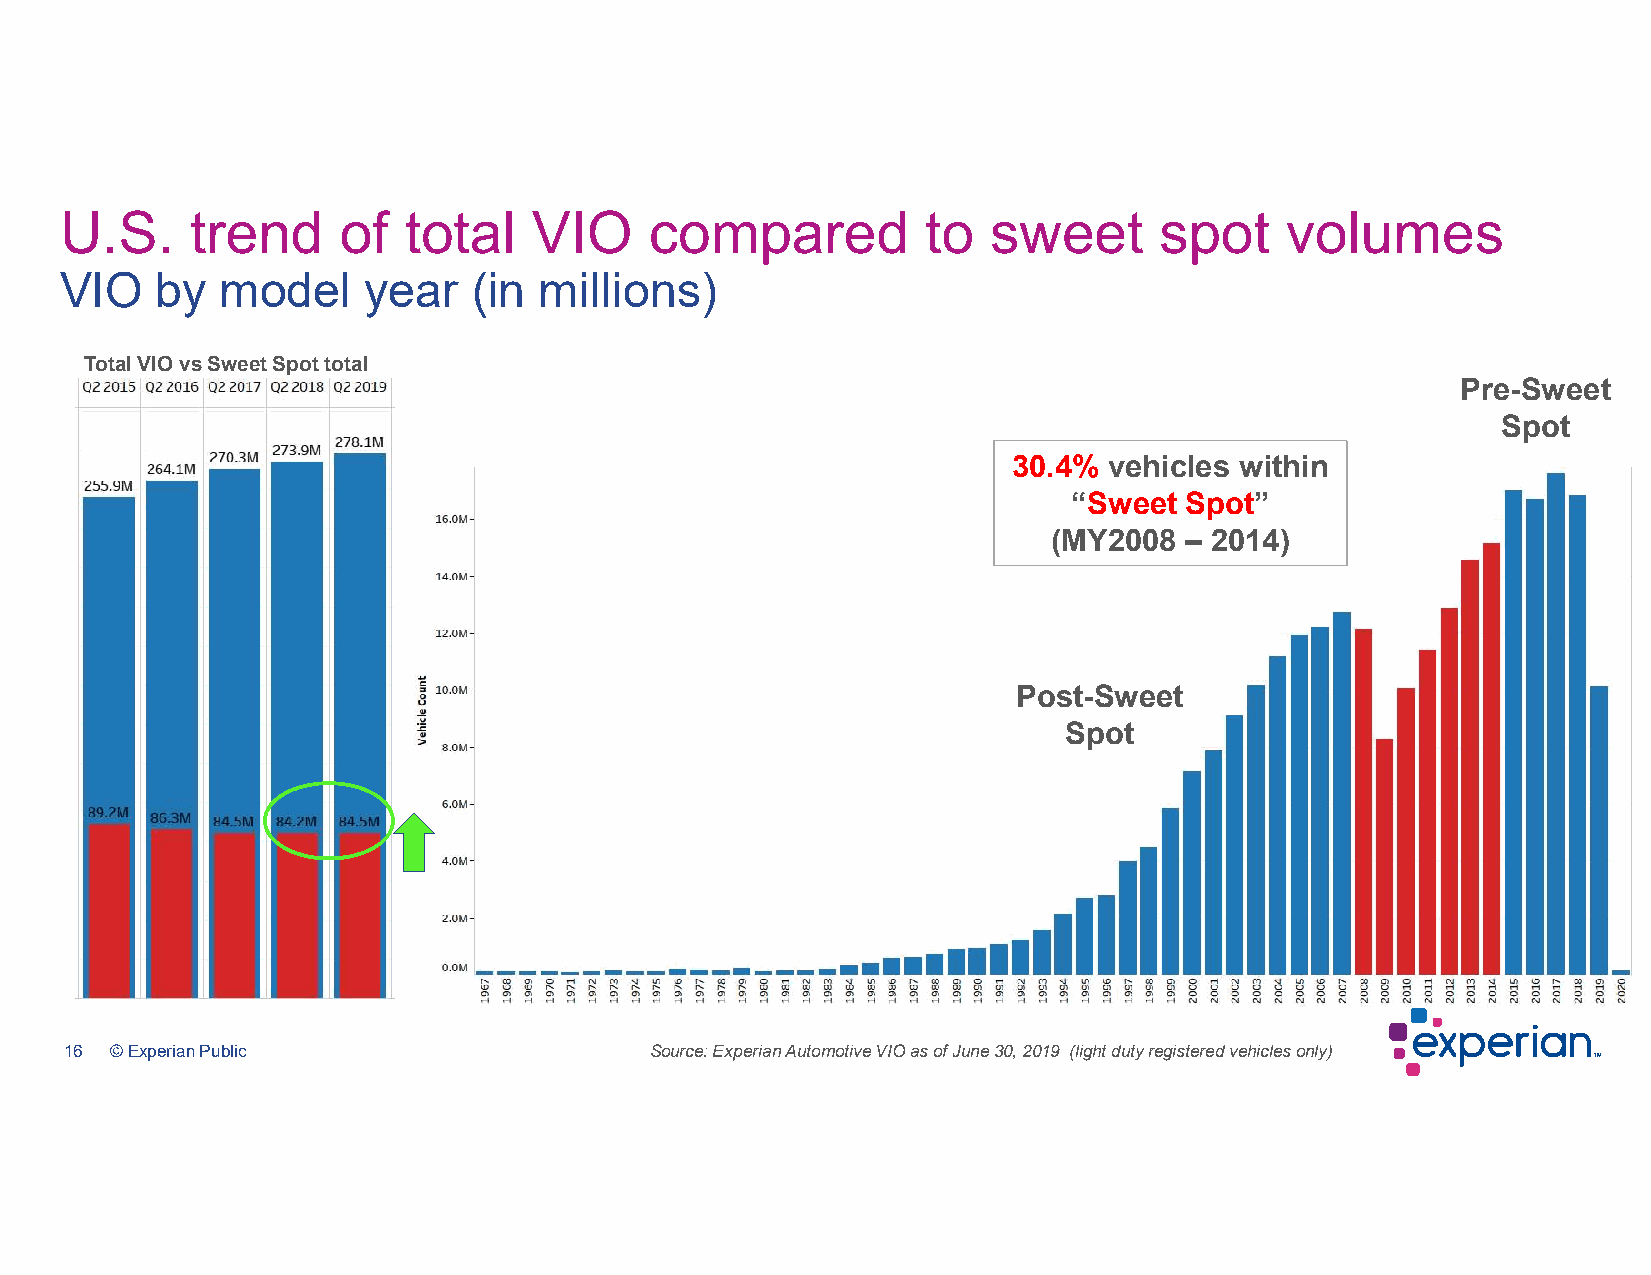
U.S.     trend    of   total   VIO     compared          to   sweet      spot    volumes
 VIO   by   model    year   (in  millions)
 Total VIO vs Sweet Spot total
 Pre-Sweet
 Spot
 30.4% vehicles within
 “Sweet Spot”
 (MY2008 – 2014)
 Post-Sweet
 Spot
 16 © Experian Public                   Source: Experian Automotive VIO as of June 30, 2019 (light duty registered vehicles only)